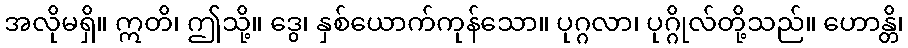
အလိုမရှိ။ ဣတိ၊ ဤသို့။ ဒွေ၊ နှစ်ယောက်ကုန်သော။ ပုဂ္ဂလာ၊ ပုဂ္ဂိုလ်တို့သည်။ ဟောန္တိ၊